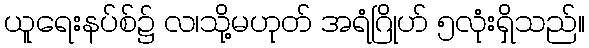
ယူရေးနပ်စ်၌ လ၊သို့မဟုတ် အရံဂြိုဟ် ၅လုံးရှိသည်။